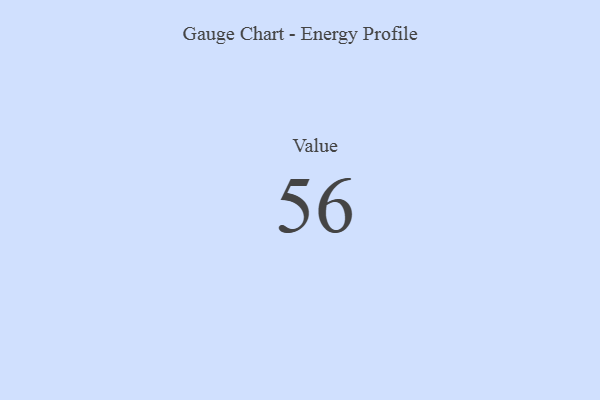
{"axis": {"x": "Metric", "y": "Value"}, "legend": [""], "data": [{"x": "Value", "y": 56, "type": ""}]}